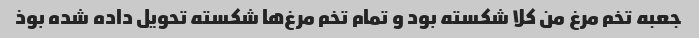
جعبه تخم مرغ من کلا شکسته بود و تمام تخم مرغ‌ها شکسته تحویل داده شده بوذ